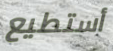
أستطيع